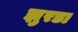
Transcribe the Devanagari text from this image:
झुरडा